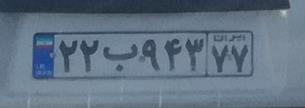
۲۲ب۹۴۳۷۷